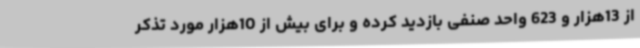
از 13هزار و 623 واحد صنفی بازدید کرده و برای بیش از 10هزار مورد تذکر